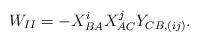
LaTeX: \begin{align*}W_{II} = -X_{BA}^i X_{AC}^j Y_{CB,(ij)}.\end{align*}